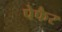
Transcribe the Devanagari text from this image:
पेफैर